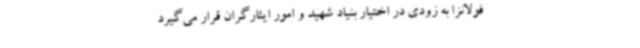
فولانزا به زودی در اختیار بنیاد شهید و امور ایثارگران قرار می‌گیرد